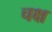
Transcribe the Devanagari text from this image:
चक्ष